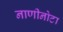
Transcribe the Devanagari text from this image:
नाणीनोटा